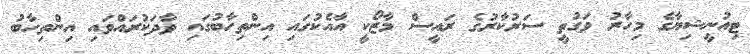
ޓިއުނީޝިޔާގެ މިހާރު ވަގުތީ ސަރުކާރުގެ ރައީސް މާޒޯކީ އާއެކުގައި އިންތިހާބުގައި ވާދަކުރައްވައި އިންތިހާބު